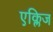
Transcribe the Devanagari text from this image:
एक्लिज